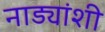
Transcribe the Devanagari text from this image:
नाड्यांशी